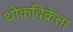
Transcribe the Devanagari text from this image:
थोकविक्रेता